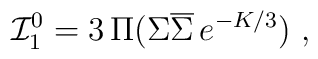
{\cal I}^0_1=   3\,\Pi(\Sigma\overline{\Sigma}\,e^{-K/3})\ ,